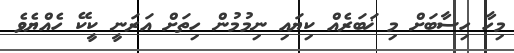
މިހާ ހިސާބަށް މި ޚަބަރެއް ކިޔައި ނިމުމުން ހިތަށް އަރަނީ ކީކޭ ހެއްޔެވެ